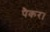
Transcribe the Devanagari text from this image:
पैकर।